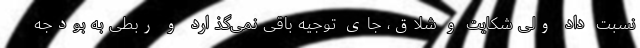
نسبت داد ولی شکایت و شلاق، جای توجیه باقی نمی‌گذارد و ربطی به بودجه